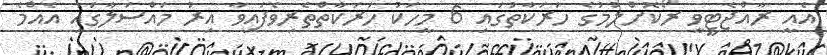
އެއީ ރާއްޖެޓީވީ ރޯކޮށްލުމުގެ ހަރަކާތުގައި 6 މީހަކު ހަރަކާތްތެރިވެފައިވާ އިރު މައްސަލާގައި އެއްމެ